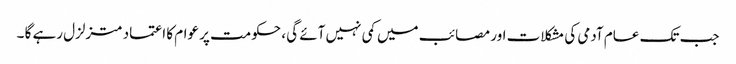
جب تک عام آدمی کی مشکلات اور مصائب میں کمی نہیں آئے گی ، حکومت پر عوام کا اعتماد متزلزل رہے گا ۔